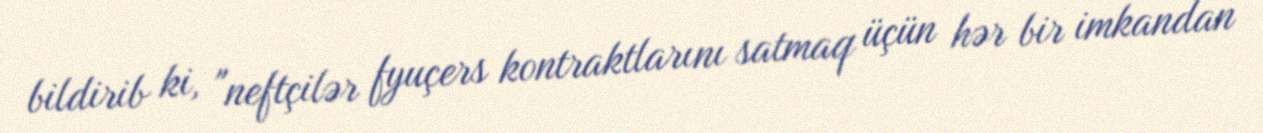
bildirib ki, "neftçilər fyuçers kontraktlarını satmaq üçün hər bir imkandan